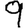
Digit: 9